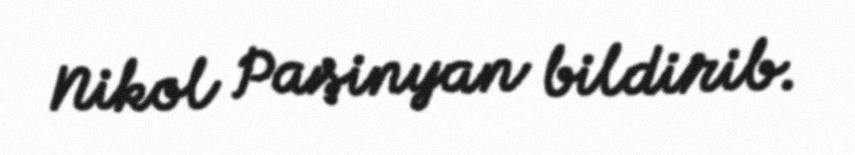
Nikol Paşinyan bildirib.